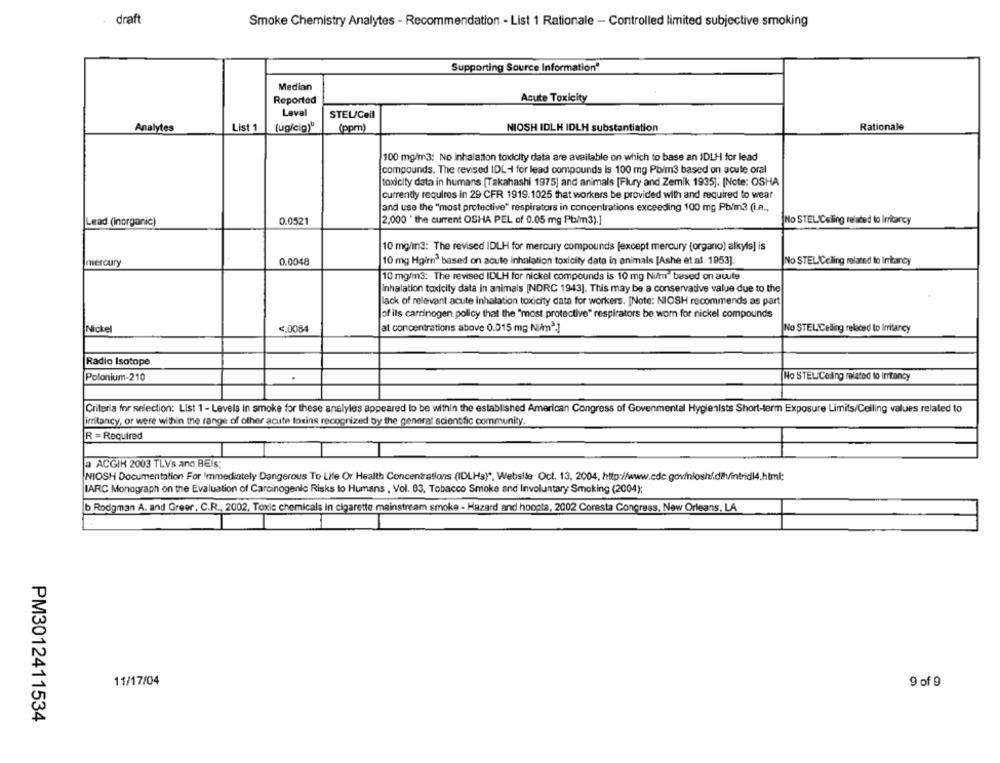
draft
Smoke Chemistry Analytes - Recommendation - List 1 Rationale - Controlled limited subjective smoking
Supporting Source Information"
Median
Reported
Acute Toxicity
Level
STEL/Ceil
Analytes
List 1
(ug/cig)"
(ppm)
NIOSH IDLH IDLH substantiation
Rationale
100 mg/m3: No inhalation toxicity data are available on which to base an IDLH for lead
compounds. The revised IDL-1 for lead compounds is 100 mg Pbim3 based on acute oral
toxicity data in humans [Takahashi 1975] and animals [Flury and Zemik 1935]. [Note: OSHA
currently requires in 29 CFR 1919. 1025 that workers be provided with and required to wear
[and use the "most protective" respirators in concentrations exceeding 100 mg Pb/m3 (i.e .,
Lead (Inorganic)
0.0521
2,000 " the current OSHA PEL of 0.05 mg Pbim3).]
No STEL'Celing related to Irritarcy
10 mg/in3: The revised IDLH for mercury compounds [except mercury (organo) alkyis] is
mercury
0.0048
10 mg Hgim3 based on acute inhalation toxicity data in animals [Ashe et al. 1953].
No STELICelling related to Irritancy
10 mg/m3: The revised IDLH for nickel compounds is 10 mg Nili" based on acute
Inhalation toxicity data in animals [NDRC 1943]. This may be a conservative value due to the
lack of relevant acute inhalation toxicity data for workers. [Note: NIOSH recommends as part
of its carrinogen policy that the "most protective" respirators be worn for nickel compounds
Nickel
<. 0084
at concentrations above 0.015 mg NEAm2]
No STELCeding related to Irritancy
Radio Isotope
Polonium-210
No STELCoing related to Irritancy
Criteria for selection: List 1 - Levels in smoke for these analyles appeared to be within the established American Congress of Govenmental Hygienists Short-term Exposure Limits/Ceiling values related to
irritancy, or were within the range of other acute toxins recognized by the general scientific community.
R = Required
a ACGIK 2003 TLVs and BEis;
NIOSH Documentation For Immediately Dangerous To Life Or Health Concentrations (IDLHs) *, Websile Oct. 13, 2004, http://www.cdc.gov/nlosh/.dih/intridl4.html;
IARC Monograph on the Evaluation of Carcinogenic Risks to Humans , Vol. 83, Tobacco Smoke and Involuntary Smoking (2004);
b Rodgman A. and Greer, C.R ., 2002, Toxic chemicals in cigarette mainstream smoke - Hazard and hoopla, 2002 Coresta Congress, New Orleans, LA
11/17/04
9 of 9
PM3012411534